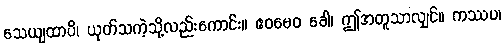
သေယျထာပိ၊ ယုတ်သကဲ့သို့လည်းကောင်း။ ဧဝမေဝ ခေါ၊ ဤအတူသာလျှင်။ ကဿပ၊